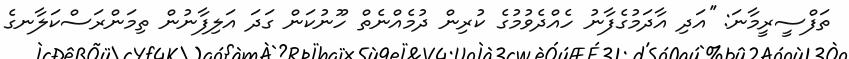
ތަފްސީރީމާނަ: ''އަދި އާދަމުގެފާނު ހެއްދެވުމުގެ ކުރިން ދުމެއްނެތް ހޫނުކަން ގަދަ އަލިފާނުން ތިމަންރަސްކަލާނގެ